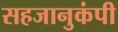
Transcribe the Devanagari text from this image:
सहजानुकंपी